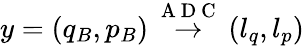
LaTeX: y=(q_{B},p_{B})\overset{\mathrm{~A~D~C~}}{\rightarrow}(l_{q},l_{p})